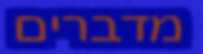
מדברים